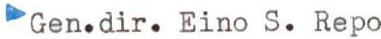
Gen.dir. Eino S. Repo